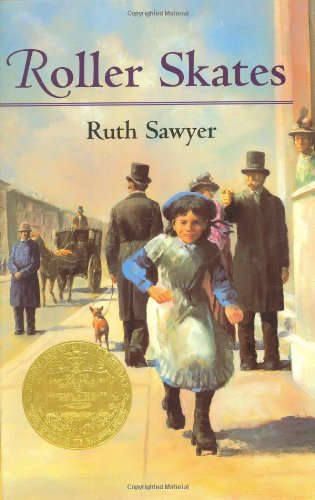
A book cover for Roller Skates; Ruth Sawyer; Sports & Outdoors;